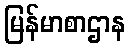
မြန်မာစာဌာန